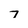
Character: 7